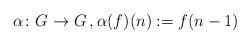
LaTeX: \begin{align*}\alpha\colon G\to G\,, \alpha(f)(n):=f(n-1)\end{align*}